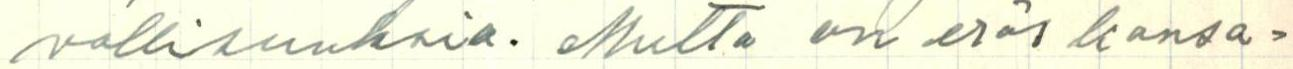
vollisuuksia. Mutta on eräs kansa=